Annual report on the mental hospital in the Central Provinces and Berar (Nagpur) - 1927-1951
Year: 1927
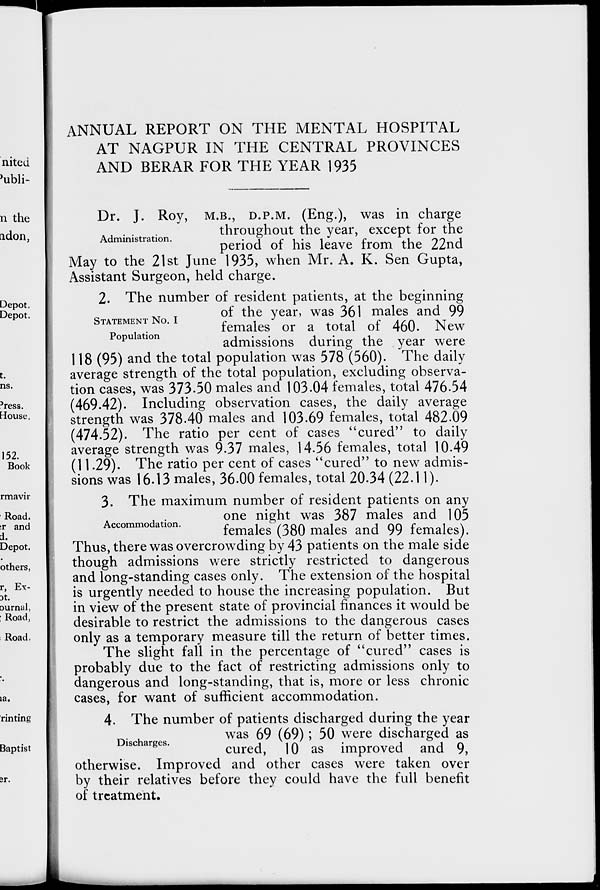
ANNUAL REPORT ON THE MENTAL HOSPITAL
AT NAGPUR IN THE CENTRAL PROVINCES
AND BERAR FOR THE YEAR 1935
Administration.
Dr. J. Roy, M.B., D.P.M. (Eng.), was in charge
throughout the year, except for the
period of his leave from the 22nd
May to the 21st June 1935, when Mr. A. K. Sen Gupta,
Assistant Surgeon, held charge.
STATEMENT No. I
Population
2. The number of resident patients, at the beginning
of the year, was 361 males and 99
females or a total of 460. New
admissions during the year were
118 (95) and the total population was 578 (560). The daily
average strength of the total population, excluding observa-
tion cases, was 373.50 males and 103.04 females, total 476.54
(469.42). Including observation cases, the daily average
strength was 378.40 males and 103.69 females, total 482.09
(474.52). The ratio per cent of cases "cured" to daily
average strength was 9.37 males, 14.56 females, total 10.49
(11.29). The ratio per cent of cases "cured" to new admis-
sions was 16.13 males, 36.00 females, total 20.34 (22.11).
Accommodation.
3. The maximum number of resident patients on any
one night was 387 males and 105
females (380 males and 99 females).
Thus, there was overcrowding by 43 patients on the male side
though admissions were strictly restricted to dangerous
and long-standing cases only. The extension of the hospital
is urgently needed to house the increasing population. But
in view of the present state of provincial finances it would be
desirable to restrict the admissions to the dangerous cases
only as a temporary measure till the return of better times.
The slight fall in the percentage of "cured" cases is
probably due to the fact of restricting admissions only to
dangerous and long-standing, that is, more or less chronic
cases, for want of sufficient accommodation.
Discharges.
4. The number of patients discharged during the year
was 69 (69); 50 were discharged as
cured, 10 as improved and 9,
otherwise. Improved and other cases were taken over
by their relatives before they could have the full benefit
of treatment.